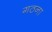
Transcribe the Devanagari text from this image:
गठना